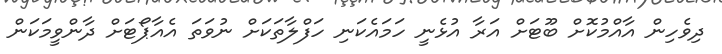
ދިވެހިން އާއްމުކޮށް ބޫޓަށް އަރާ އުޅެނީ ހަމައެކަނި ހަފްލާތަކަށް ނުވަތަ އެއާޕޯޓަށް ދާންވީމަކަން